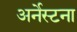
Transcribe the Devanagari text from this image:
अर्नेस्टना